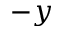
- y